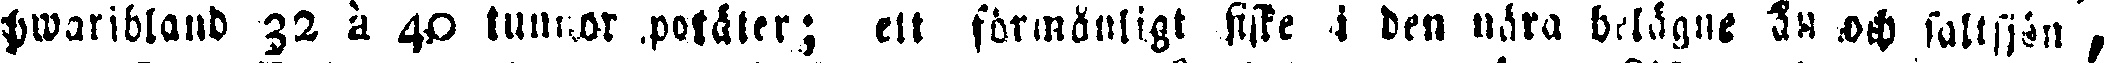
Hwaribland 32 à 40 tunnor potäter; ett formånligt fiske i den nära belågne ån och saltsjön,